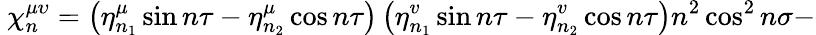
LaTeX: {\ \chi_{n}^{\mu\upsilon}=\left(\eta_{n_{1}}^{\mu}\sin n\tau-\eta_{n_{2}}^{\mu}\cos n\tau\right)\left(\eta_{n_{1}}^{v}\sin n\tau-\eta_{n_{2}}^{v}\cos n\tau\right)n^{2}\cos^{2}n\sigma-}